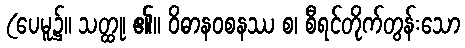
(ပေမူ၌။ သတ္ထု၊ ၏။ ဝိဓာနဝစနဿ စ၊ စီရင်တိုက်တွန်းသော